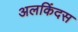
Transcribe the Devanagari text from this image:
अलकिंदस